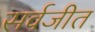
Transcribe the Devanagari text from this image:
सर्वजीत